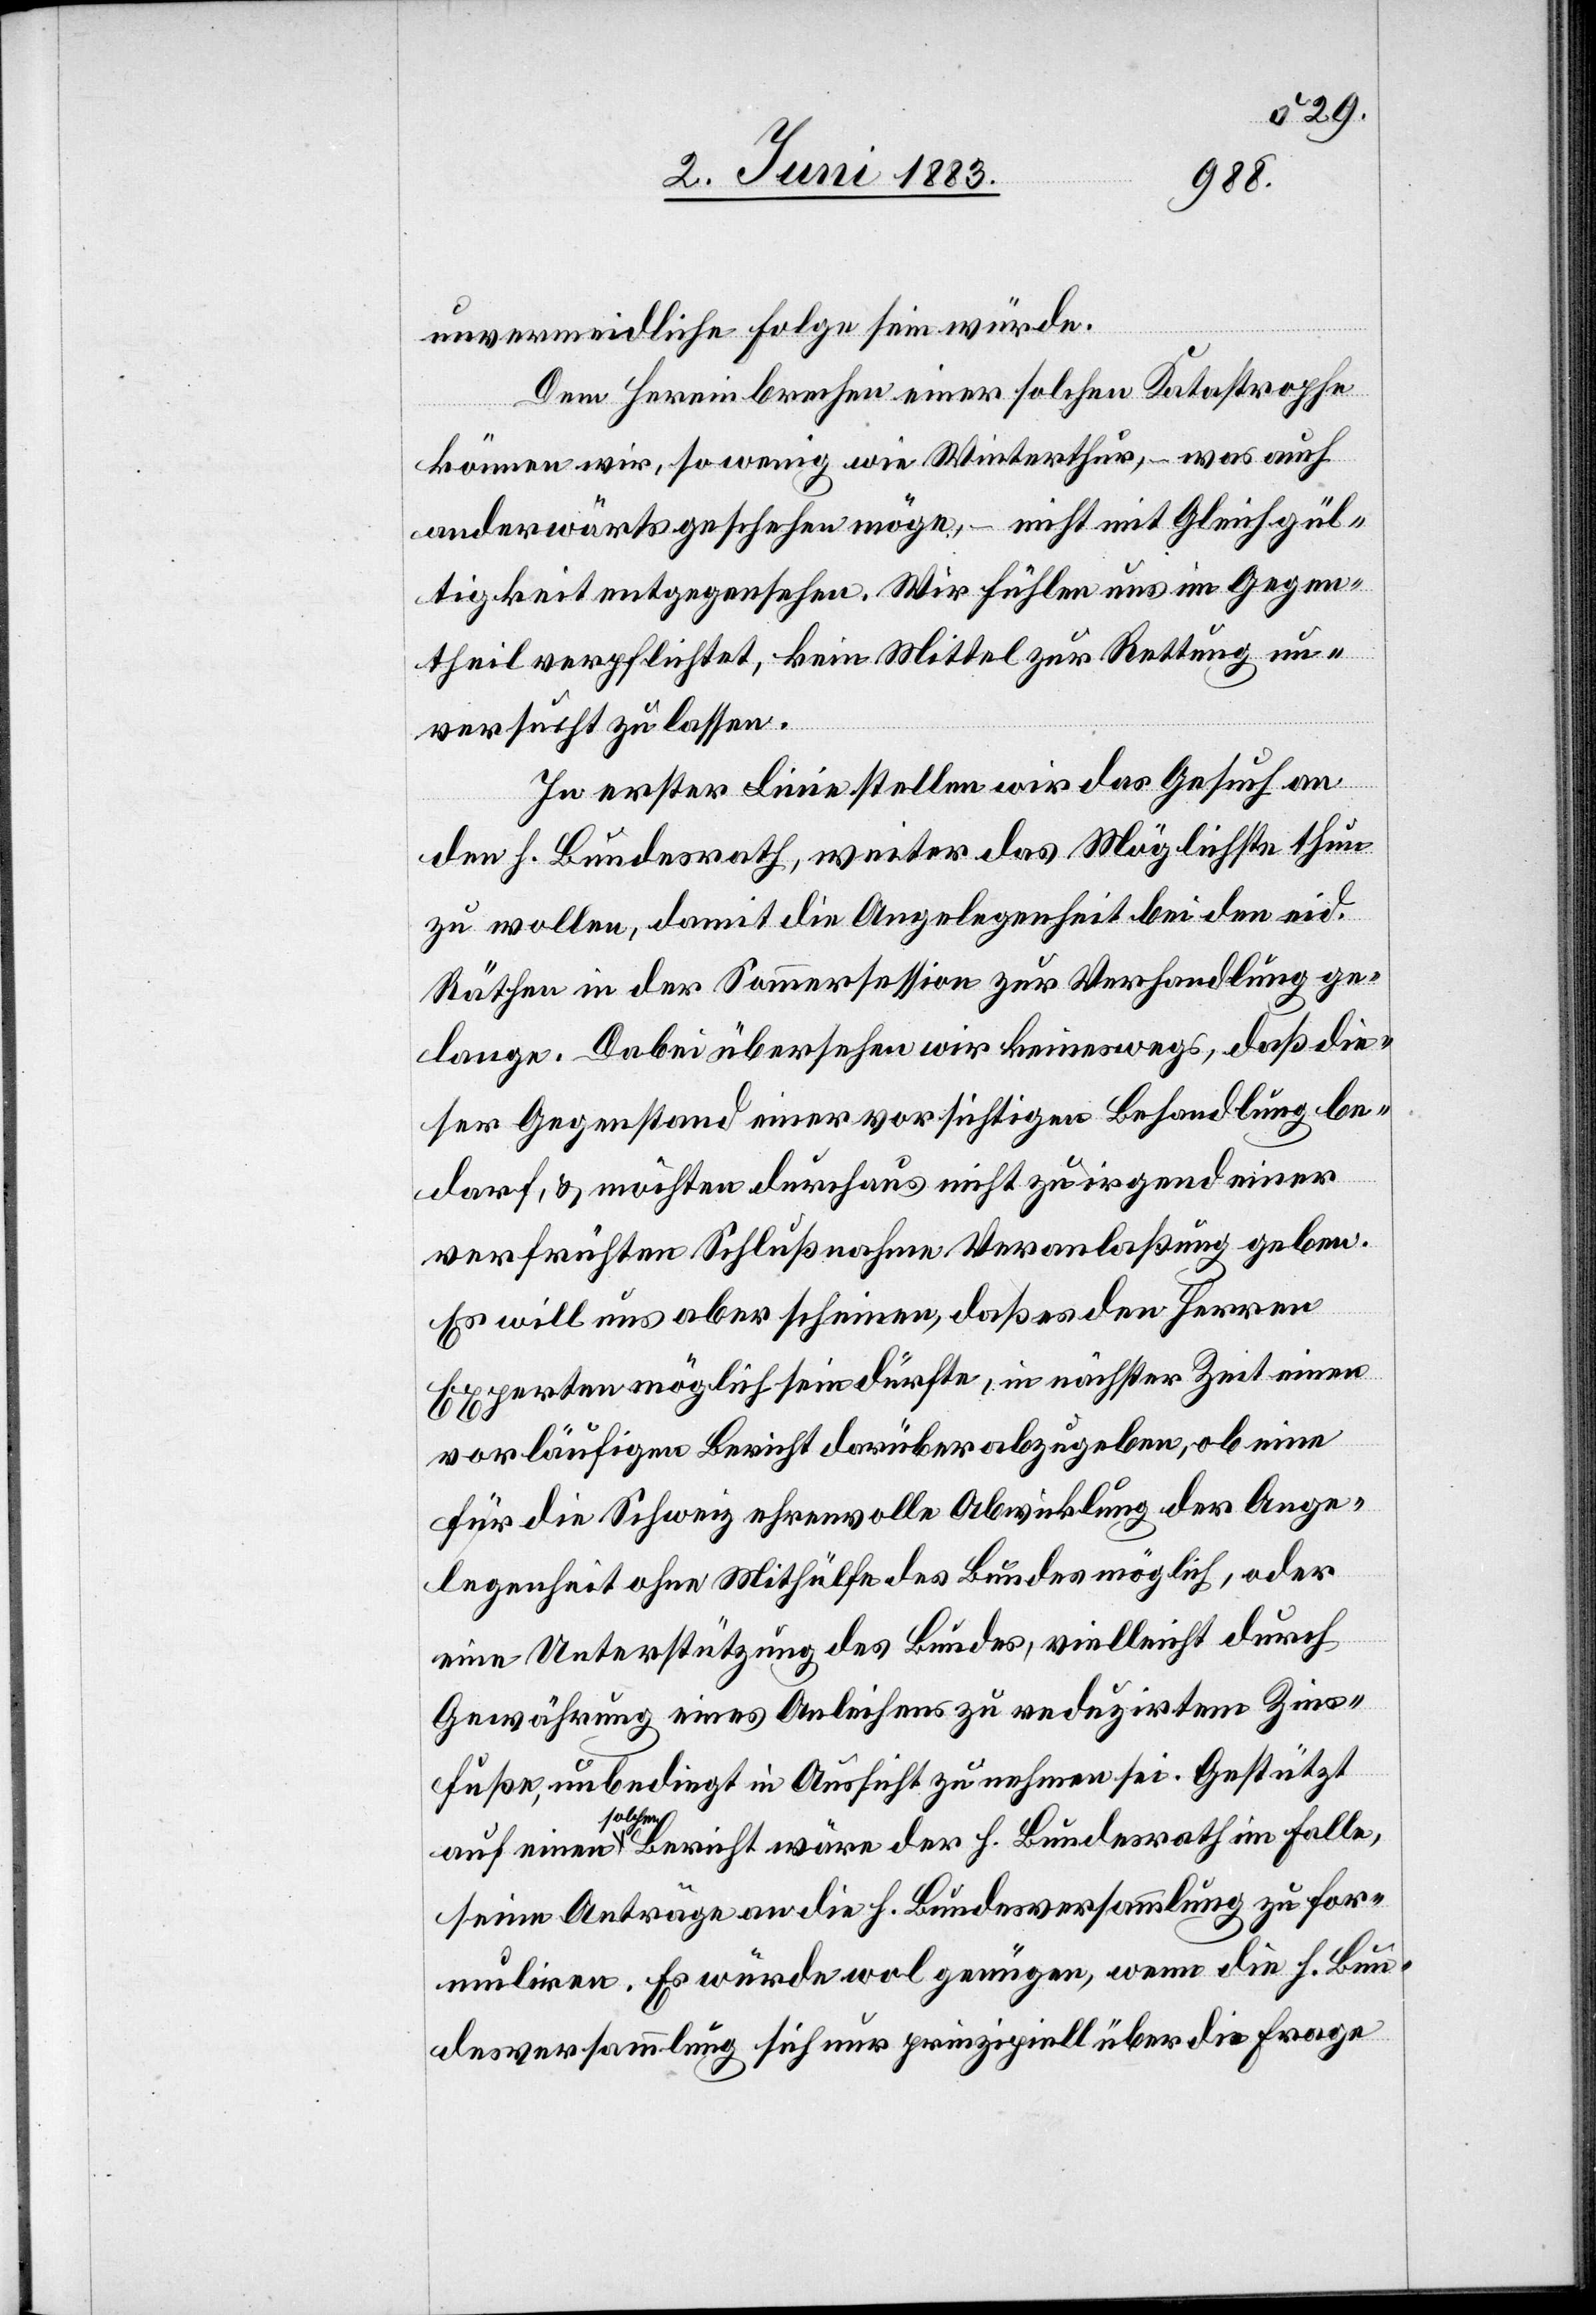
unvermeidliche Folge sein würde.
Dem Hereinbrechen einer solchen Katastrophe
können wir, so wenig wie Winterthur, – was auch
anderwärts geschehen möge, – nicht mit Gleichgül¬
tigkeit entgegensehen. Wir fühlen uns im Gegen¬
theil verpflichtet, kein Mittel zur Rettung un¬
versucht zu lassen.
In erster Linie stellen wir das Gesuch an
den h. Bundesrath, weiter das Möglichste thun
zu wollen, damit die Angelegenheit bei den eid.
Räthen in der Sommersession zur Verhandlung ge¬
lange. Dabei übersehen wir keineswegs, daß die¬
ser Gegenstand einer vorsichtigen Behandlung be¬
darf, & möchten durchaus nicht zu irgend einer
verfrühten Schlußnahme Veranlaßung geben.
Es will uns aber scheinen, daß es den Herren
Experten möglich sein dürfte, in nächster Zeit einen
vorläufigen Bericht darüber abzugeben, ob eine
für die Schweiz ehrenvolle Abwicklung der Ange¬
legenheit ohne Mithülfe des Bundes möglich, oder
eine Unterstützung des Bundes, vielleicht durch
Gewährung eines Anleihens zu reduzirtem Zins¬
fuße, unbedingt in Aussicht zu nehmen sei. Gestützt
so¬
lchen Bericht wäre der h. Bundesrath im Falle,
seine Anträge an die h. Bundesversammlung zu for¬
muliren. Es würde wol genügen, wenn die h. Bun¬
desversammlung sich nur prinzipiell über die Frage